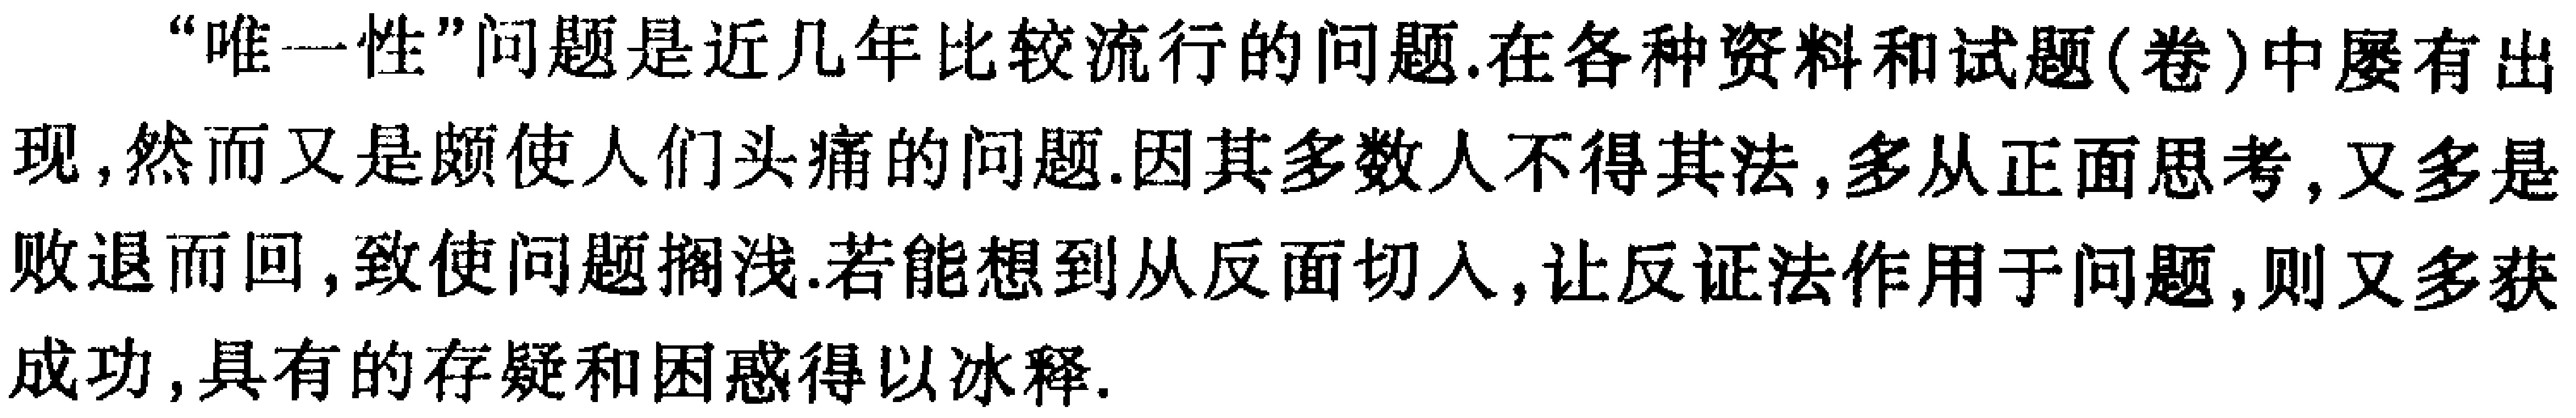
“唯一性”问题是近几年比较流行的问题.在各种资料和试题(卷)中屡有出现,然而又是颇使人们头痛的问题.因其多数人不得其法,多从正面思考,又多是败退而回,致使问题搁浅.若能想到从反面切入,让反证法作用于问题,则又多获成功,具有的存疑和困惑得以冰释.